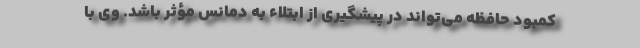
کمبود حافظه می‌تواند در پیشگیری از ابتلاء به دمانس مؤثر باشد. وی با